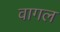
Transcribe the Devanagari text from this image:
वागल